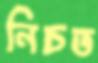
নিচত